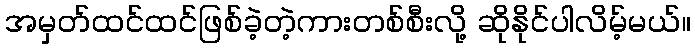
အမှတ်ထင်ထင်ဖြစ်ခဲ့တဲ့ကားတစ်စီးလို့ ဆိုနိုင်ပါလိမ့်မယ်။